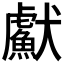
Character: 𤣏